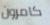
كامرون